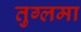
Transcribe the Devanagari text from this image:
तुग्लमा